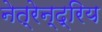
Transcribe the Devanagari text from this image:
नेत्रेन्द्रिय